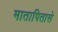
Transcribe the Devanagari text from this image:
मातापितासे